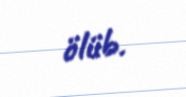
ölüb.